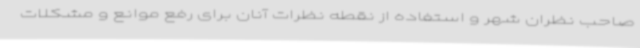
صاحب نظران شهر و استفاده از نقطه نظرات آنان برای رفع موانع و مشکلات